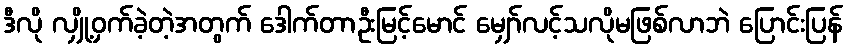
ဒီလို လျှို့ဝှက်ခဲ့တဲ့အတွက် ဒေါက်တာဦးမြင့်မောင် မျှော်လင့်သလိုမဖြစ်လာဘဲ ပြောင်းပြန်